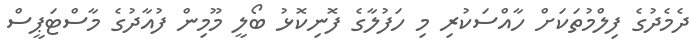
ދެމެދުގެ ފިލްމުތަކަށް ހާއްސަކުރި މި ހަފުލާގެ ފޮނިކޮޅު ބޯލީ މޫމިން ފުއާދުގެ މާސްޓަޕީސް